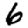
Digit: 6